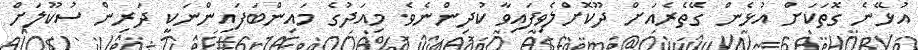
އުޅޭނެ ގޮތަކަށް އުޅެން ގޭތެރެއަށް ދޫކޮށްލެވިފައިވާ ކުދިންނެވެ. މިއަދުގެ މައިންބަފައިންނަކީ ދަރިން ސުކޫލަށް